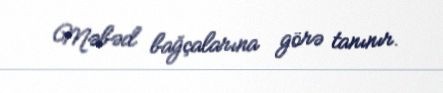
Məbəd bağçalarına görə tanınır.